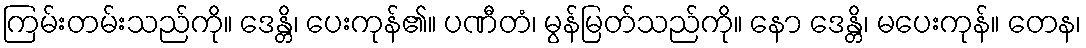
ကြမ်းတမ်းသည်ကို။ ဒေန္တိ၊ ပေးကုန်၏။ ပဏီတံ၊ မွန်မြတ်သည်ကို။ နော ဒေန္တိ၊ မပေးကုန်။ တေန၊